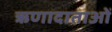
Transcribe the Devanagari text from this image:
ऋणादाताओं